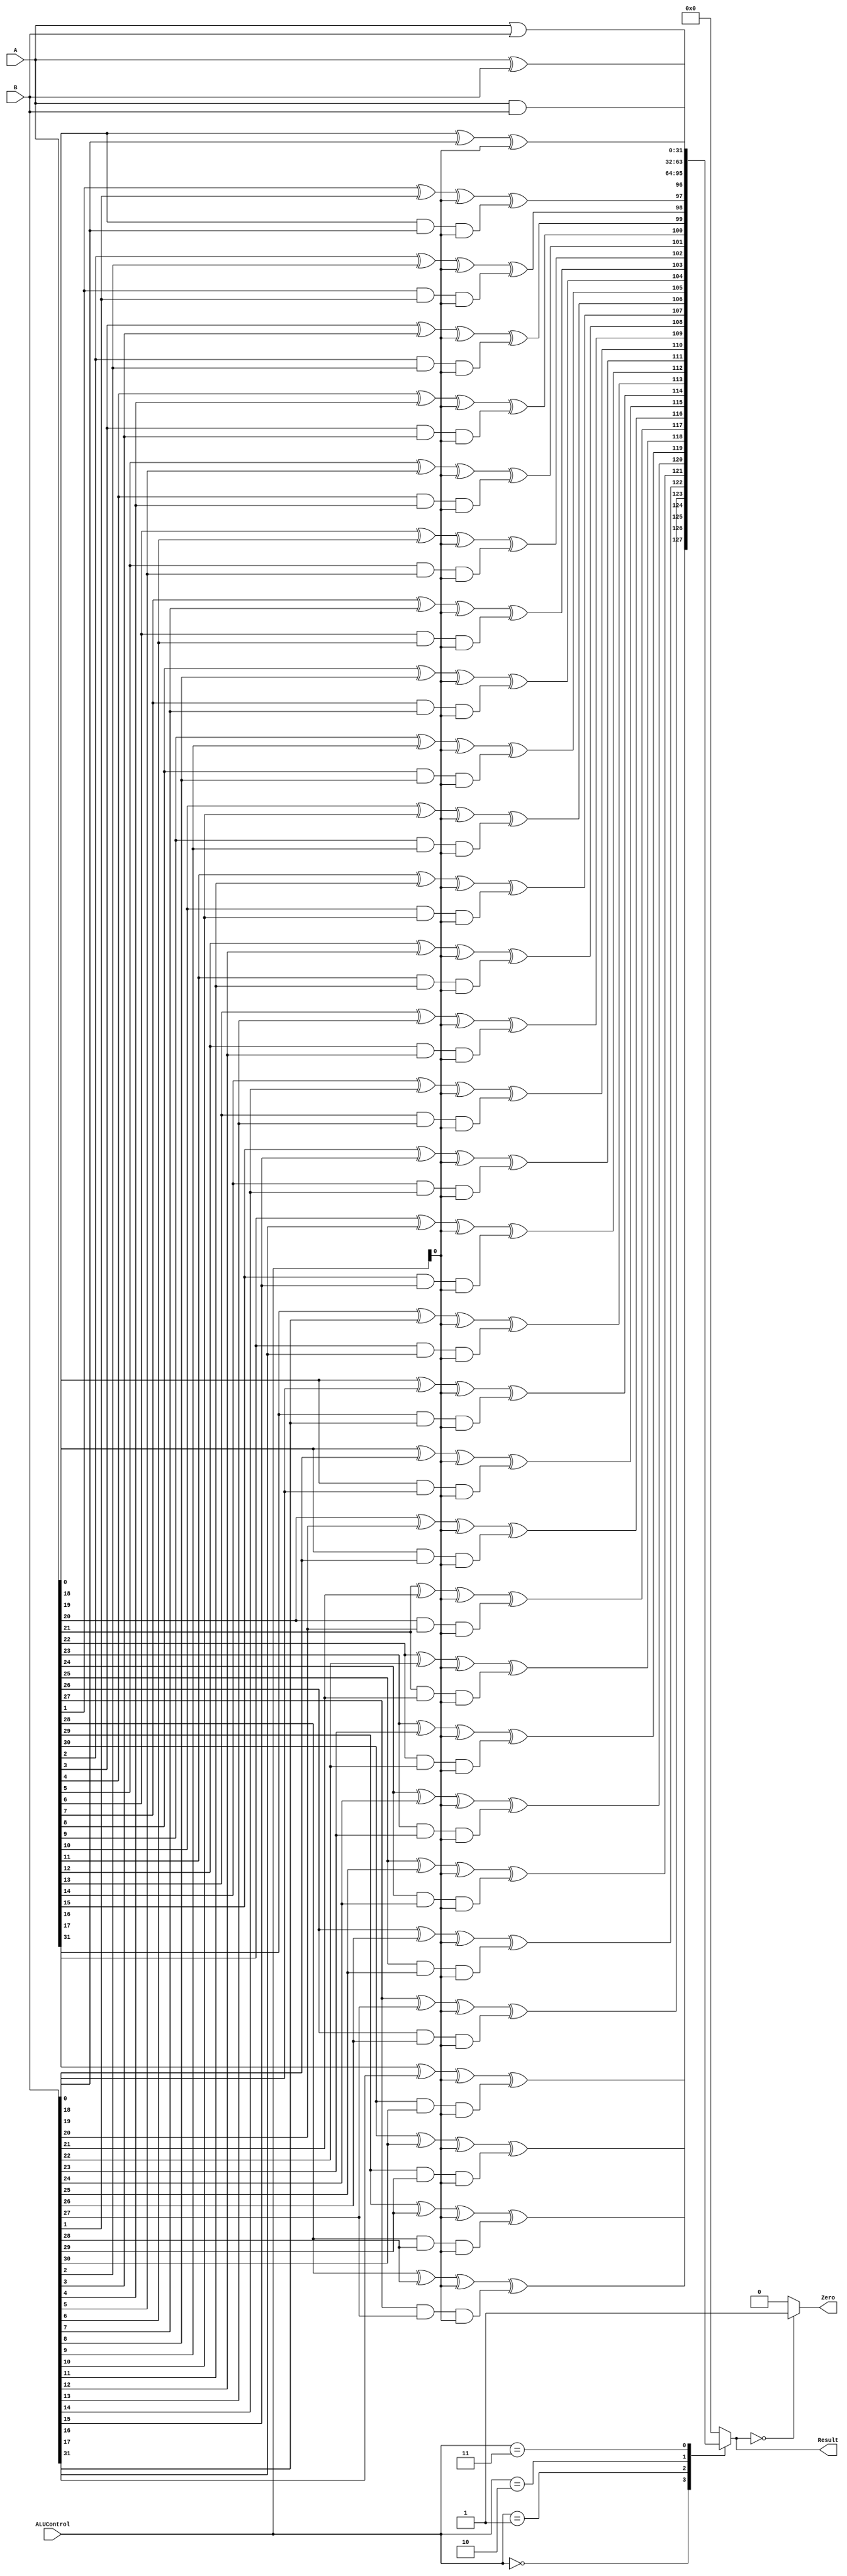
module ALU_32bit(
    input [31:0] A, input [31:0] B,
    input [2:0] ALUControl,
    output reg [31:0] Result, output reg Zero
);
    wire [31:0] AndOut;
    wire [31:0] OrOut;
    wire [31:0] XorOut;

    // Intermediate signals for addition
    reg [31:0] AdderOut;

    // 32-bit AND operation
    assign AndOut = A & B;

    // 32-bit OR operation
    assign OrOut = A | B;

    // 32-bit XOR operation
    assign XorOut = A ^ B;

    // 32-bit addition using Full Adders
    integer i;
    always @(*)
    begin
        AdderOut[0] = A[0] ^ B[0] ^ ALUControl[0];
        for (i = 1; i < 32; i = i + 1)
        begin
            AdderOut[i] = A[i] ^ B[i] ^ ALUControl[0] ^ (A[i - 1] & B[i - 1] & ALUControl[0]);
        end
    end

    // Output multiplexer based on ALUControl bits
    always @(*)
    begin
        case(ALUControl)
            3'b000: Result = {AdderOut[31], AdderOut[30:0]}; // Addition
            3'b001: Result = AndOut;       // AND operation
            3'b010: Result = OrOut;        // OR operation
            3'b011: Result = XorOut;       // XOR operation
            default: Result = 32'b0;       // Default case
        endcase
    end

    // Zero flag generation
    always @(*)
    begin
        Zero <= (Result == 32'b0) ? 1'b1 : 1'b0;
    end
endmodule